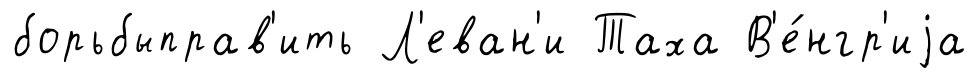
борьбыправ'ить Л'еван'и Таха В'е́нгр'иjа